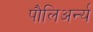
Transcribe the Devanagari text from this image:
पौलिअर्न्य